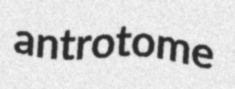
antrotome